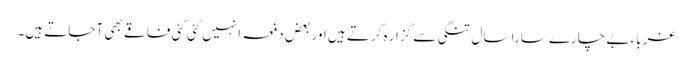
غرباء بے چارے سارا سال تنگی سے گزار ہ کرتے ہیں اور بعض دفعہ انہیں کئی کئی فاقے بھی آ جاتے ہیں۔